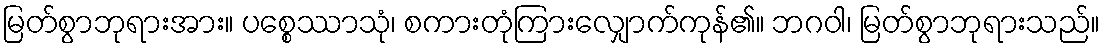
မြတ်စွာဘုရားအား။ ပစ္စေဿာသုံ၊ စကားတုံကြားလျှောက်ကုန်၏။ ဘဂဝါ၊ မြတ်စွာဘုရားသည်။